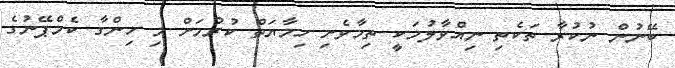
ބޭނުން ނުކުރާ ތަކެތި ނިއްވާލުމަކީ ތިމާވެށި ހިމާޔަތް ކުރުމަށް މި ހިންގާ ކެމްޕޭނުގެ